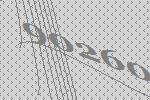
90260